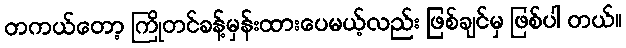
တကယ်တော့ ကြိုတင်ခန့်မှန်းထားပေမယ့်လည်း ဖြစ်ချင်မှ ဖြစ်ပါ တယ်။